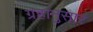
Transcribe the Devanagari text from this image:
ग्रहानुसार